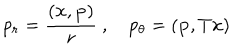
LaTeX: p _ { r } = \frac { ( { \bf x } , { \bf p } ) } { r } \ , p _ { \theta } = ( { \bf p } , T { \bf x } )